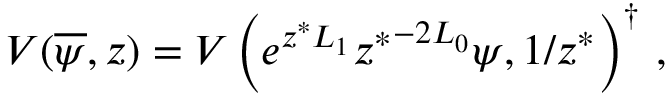
V ( \overline { { \psi } } , z ) = V \left( e ^ { z ^ { \ast } L _ { 1 } } { z ^ { \ast } } ^ { - 2 L _ { 0 } } \psi , 1 / z ^ { \ast } \right) ^ { \dagger } \, ,